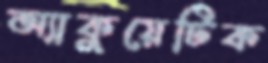
অ্যাকুয়েটিক